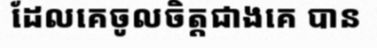
ដែលគេចូលចិត្តជាងគេ បាន